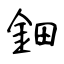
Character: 鈿